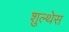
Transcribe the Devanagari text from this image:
शुल्थेस